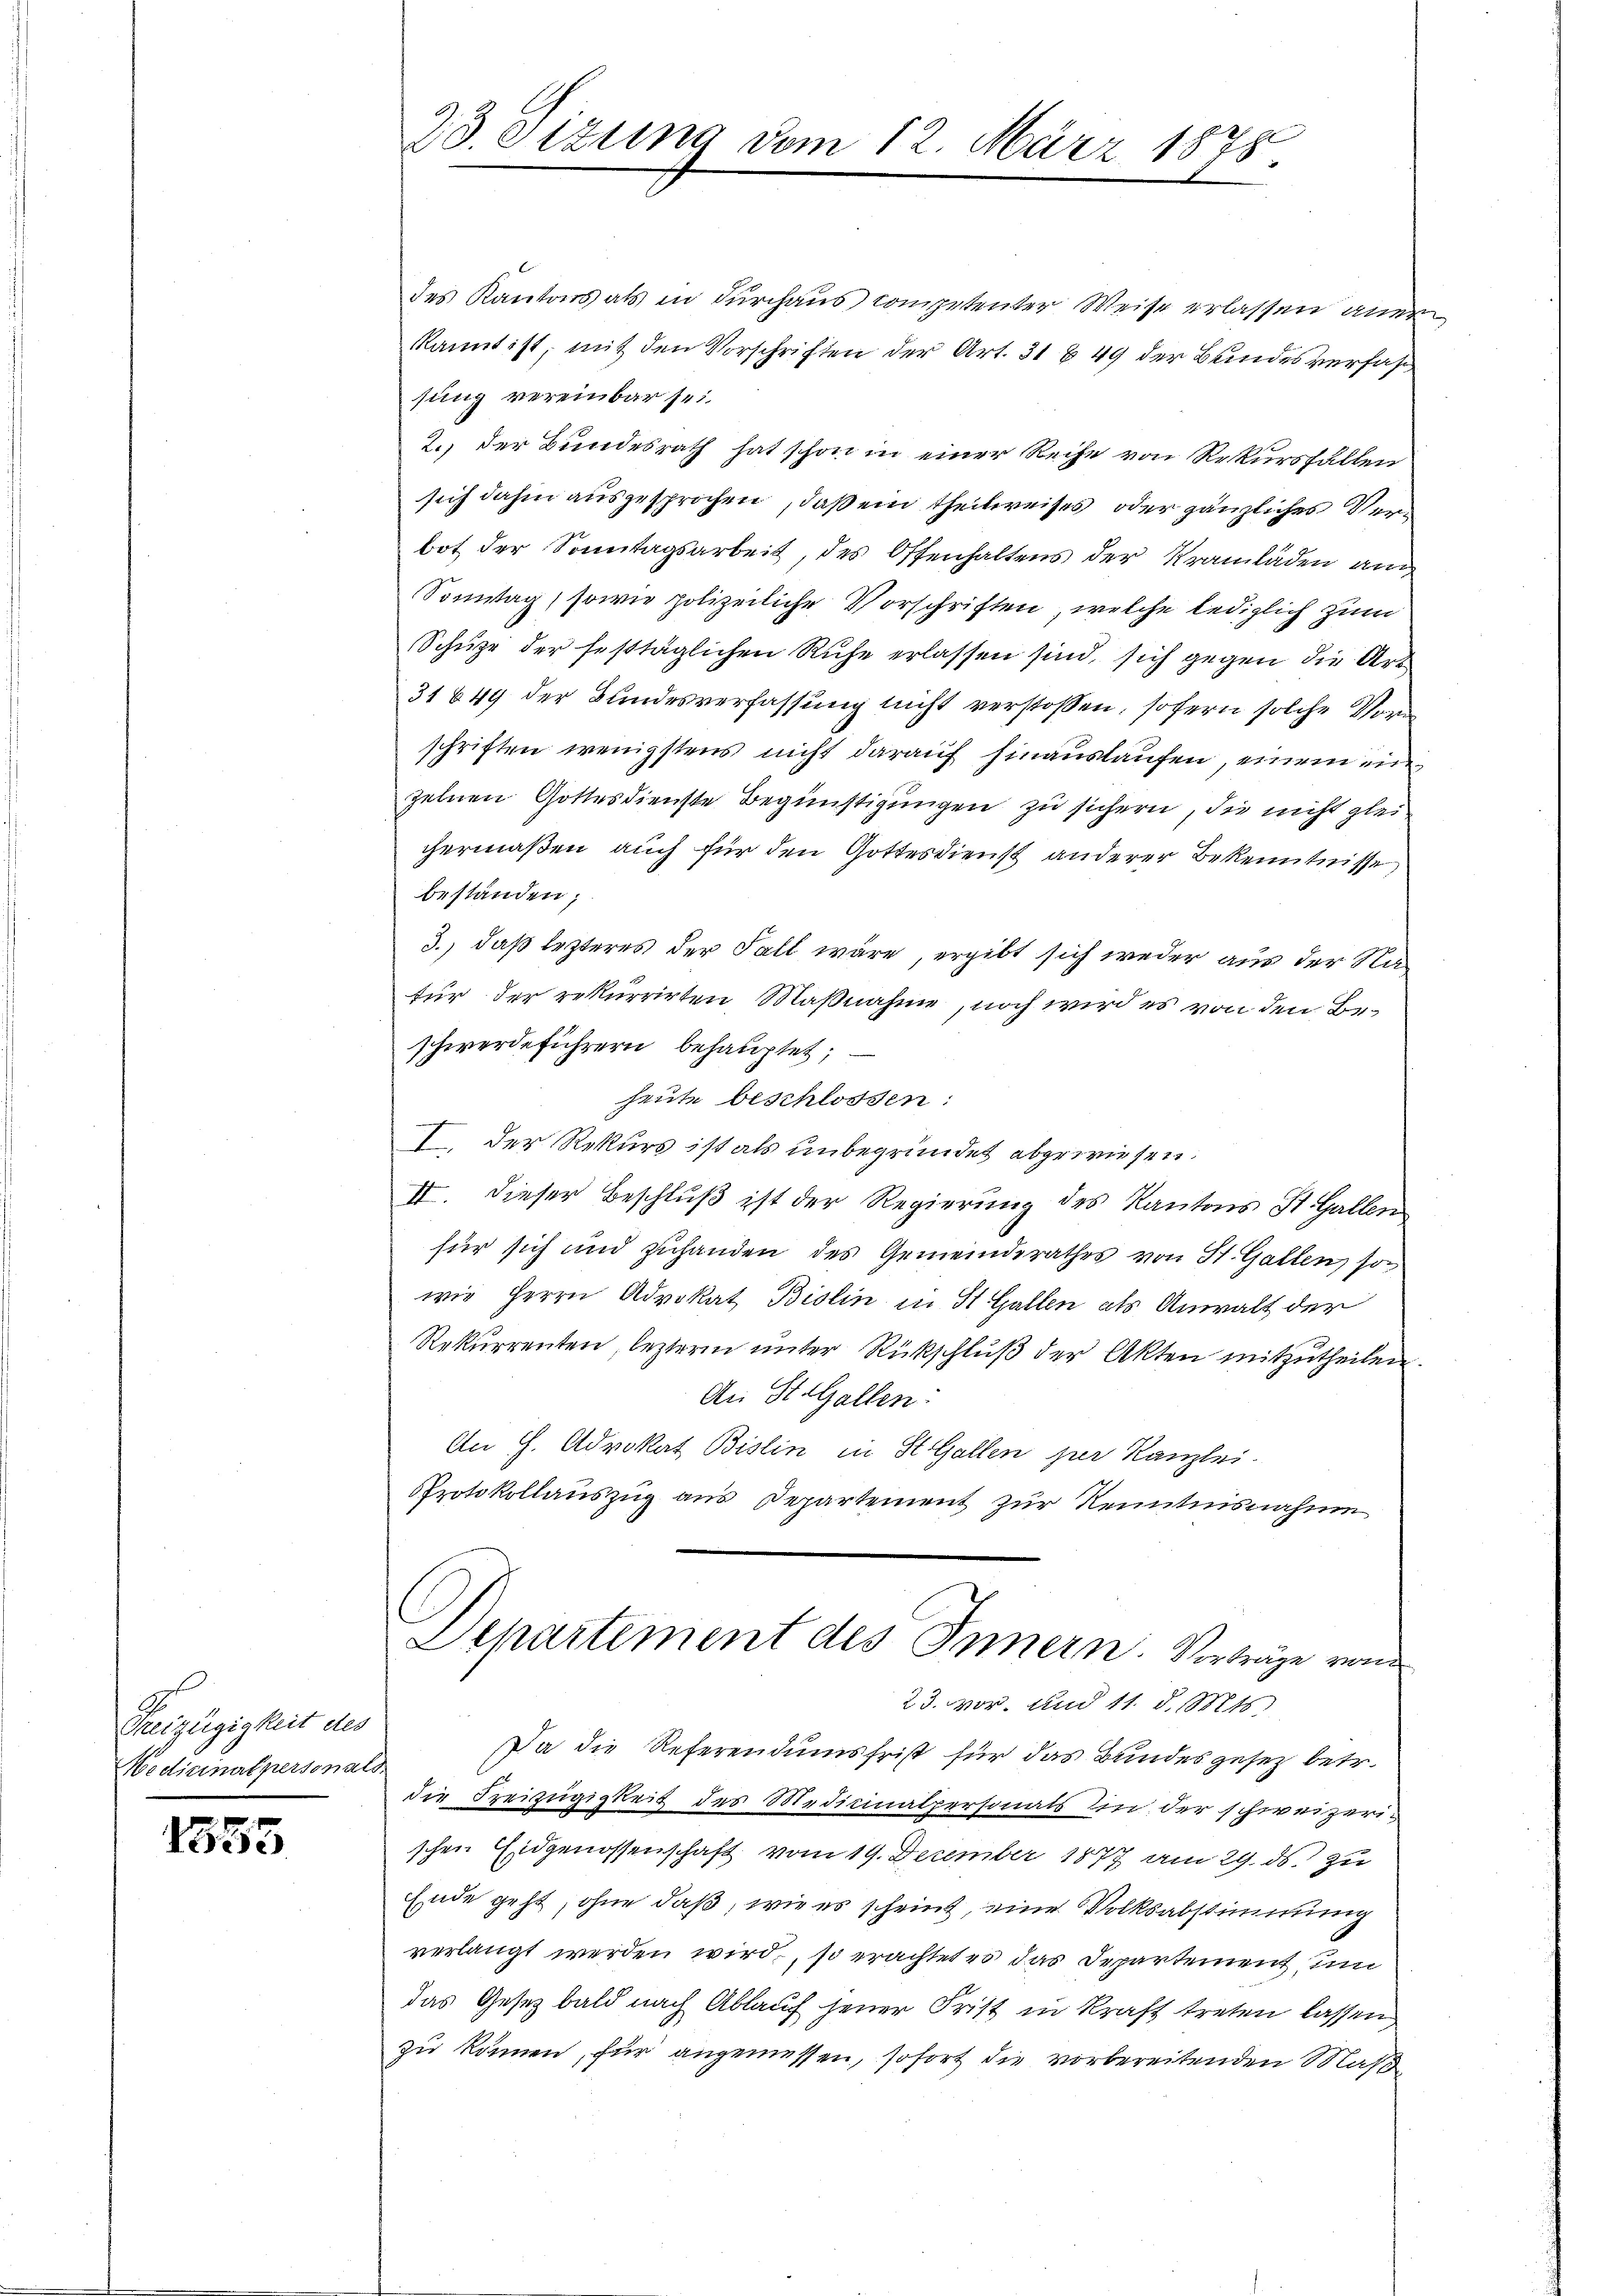
Freizügigkeit des
Medicinalpersonals

1355

23. Sizung vom 12. März 1878.

des Kantons als in durchaus competenter Weise erlassen aner
kannt ist, mit den Vorschriften der Art. 31 § 49 der Bundesverfahr
sung vereinbar sei.
2.) Der Bundesrath hat schon in einer Reihe von Rekursfällen
sich dahin ausgesprochen, daß ein theilweises oder gänzliches Verbot der Sonntagsarbeit, des Offenhaltens der Kramläden an
Sonntag, sowie polizeiliche Vorschriften, welche lediglich zum
Schüze der festtäglichen Ruhe erlassen sind, sich gegen die Art
31649 der Bundesverfassung nicht verstossen, sofern solche Vor
schriften wenigstens nicht darauf hinauslaufen, einem ein
zelnen Gottesdienste Begünstigungen zu sichern, die nicht glei
chermaßen, auch für den Gottesdienst anderer Bekenntnisse
beständen;
3.) daß lezteres der Fall wäre, ergibt sich weder aus der Nafür der rekurrirten Maßnahme, noch wird es von den Beschwerdeführern behauptet;
heute beschlossen:
I. Der Rekurs ist als unbegründet abgewiesen.
II. Dieser Beschluß ist der Regierung des Kantons St. Gallen
für sich und zuhanden des Gemeinderathes von St. Gallen so
wie Herrn Advokat Bislin in St. Gallen als Anwalt der
Rekurrenten, leztere unter Rückschluß der Akten mitzutheilen.
An St. Gallen:
An H. Advokat Bislin in St. Gallen per Kanzlei-
Protokollauszug aus Departement zur Kenntnisnahme
Departement des Innern. Vorträge von
23. vor. und 11. d. Mts.
Da die Referendumsfrist für das Bundesgesetz betr.
die Freizügigkeit des Medicinalpersonais in der schweizerischen Eidgenossenschaft vom 19. December 1877 am 29. ds. zu
Ende geht, ohne daß, wie es scheint, eine Volksabstimmung
verlangt werden wird, so erachtet es das Departement, um
das Gesetz bald nach Ablauf jener Frist in Kraft treten lassen
zu kämen, für angemessen, sofort die vorbereitenden Maß¬